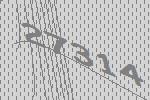
27314